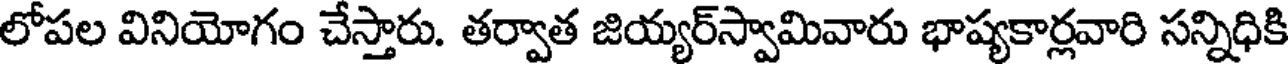
లోపల వినియోగం చేస్తారు. తర్వాత జియ్యర్స్వామివారు భాష్యకార్లవారి సన్నిధికి